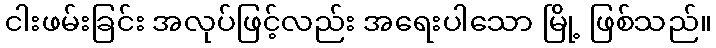
ငါးဖမ်းခြင်း အလုပ်ဖြင့်လည်း အရေးပါသော မြို့ ဖြစ်သည်။